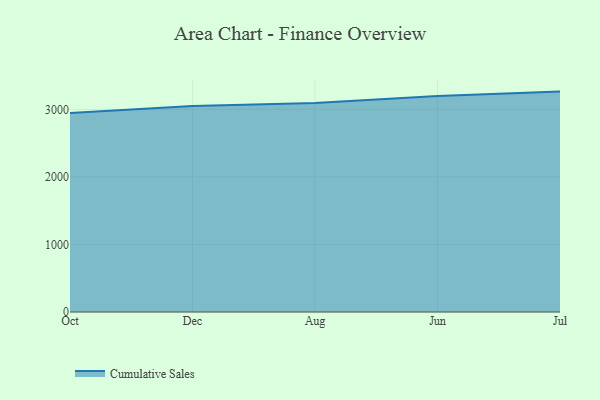
{"axis": {"x": "Month", "y": "Conversion Rate (%)"}, "legend": ["Cumulative Sales"], "data": [{"x": "Oct", "y": 2945.9, "type": "Cumulative Sales"}, {"x": "Dec", "y": 3049.8, "type": "Cumulative Sales"}, {"x": "Aug", "y": 3094.4, "type": "Cumulative Sales"}, {"x": "Jun", "y": 3197.8, "type": "Cumulative Sales"}, {"x": "Jul", "y": 3263.3, "type": "Cumulative Sales"}]}